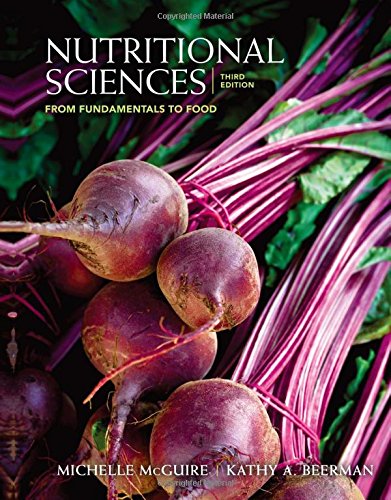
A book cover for Nutritional Sciences: From Fundamentals to Food (with Table of Food Composition Booklet); Michelle McGuire; Medical Books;